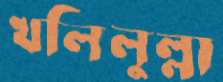
খলিলুল্লা